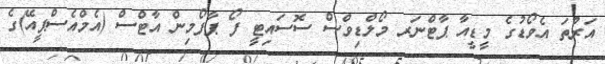
އަރުތަ އެވޯޑުގެ މީޑީއާ ޕާޓްނަރ މޯލްޑިވްސް ސޮސައިޓީ ފޯ ޕާފޯމިން އާޓްސް (އެމްއެސްޕީއޭ)ގެ